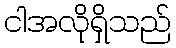
ငါအလိုရှိသည်